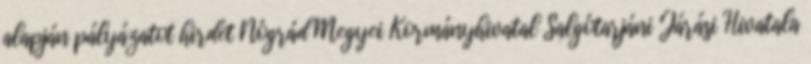
alapján pályázatot hirdet Nógrád Megyei Kormányhivatal Salgótarjáni Járási Hivatala